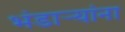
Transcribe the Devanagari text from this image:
भंडाऱ्यांना